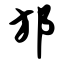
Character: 邡